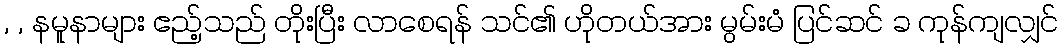
, , နမူနာများ ဧည့်သည် တိုးပြီး လာစေရန် သင်၏ ဟိုတယ်အား မွမ်းမံ ပြင်ဆင် ခ ကုန်ကျလျှင်